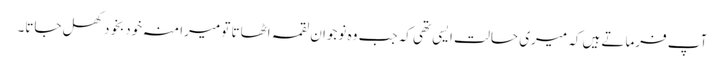
آپ فرماتے ہیں کہ میری حالت ایسی تھی کہ جب وہ نوجوان لقمہ اٹھاتا تو میرا منہ خودبخود کھل جاتا۔